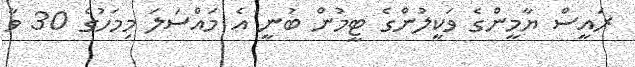
ރައީސް ޔާމީންގެ ވަކީލުންގެ ޓީމުން ބުނީ އެ މައްސަލަ މިމަހުގެ 30 ވާ